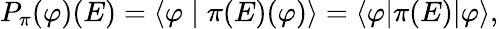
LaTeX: P_{\pi}(\varphi)(E)=\langle\varphi\mid\pi(E)(\varphi)\rangle=\langle\varphi|\pi(E)|\varphi\rangle,